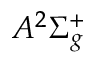
A ^ { 2 } \Sigma _ { g } ^ { + }